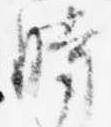
時